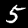
Label: 5